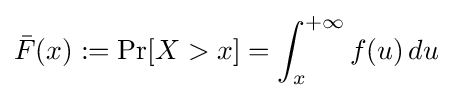
{\bar {F}}(x):=\Pr[X>x]=\int _{x}^{+\infty }f(u)\,du